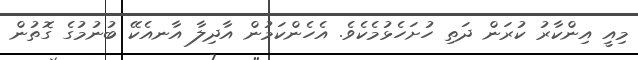
މިއީ އިންކާރު ކުރަން ދަތި ހުށަހެޅުމެކެވެ. އެހެންކަމުން އާދިލާ އާނއެކޭ ބުނުމުގެ ގޮތުން